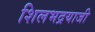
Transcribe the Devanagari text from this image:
शिलभद्रयाजी